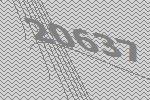
20637